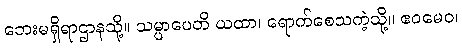
ဘေးမရှိရာဌာနသို့။ သမ္ပာပေတိ ယထာ၊ ရောက်စေသကဲ့သို့။ ဧဝမေဝ၊